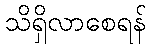
သိရှိလာစေရန်